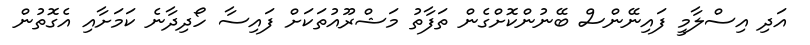
އަދި އިސްލާމީ ފައިނޭންސް ބޭނުންކޮށްގެން ތަފާތު މަޝްރޫއުތަކަށް ފައިސާ ހޯދިދާނެ ކަމަށާއި އެގޮތުން